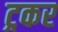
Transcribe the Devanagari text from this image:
ट्रकर